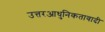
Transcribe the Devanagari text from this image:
उत्तरआधुनिकतावादी